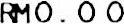
RM0.00